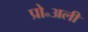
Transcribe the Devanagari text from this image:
प्रो॰अली